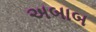
અબાબ